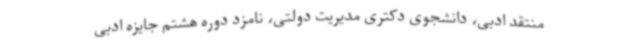
منتقد ادبی، دانشجوی دکتری مدیریت دولتی، نامزد دوره هشتم جایزه ادبی